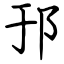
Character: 邘